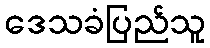
ဒေသခံပြည်သူ